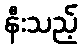
နီးသည့်